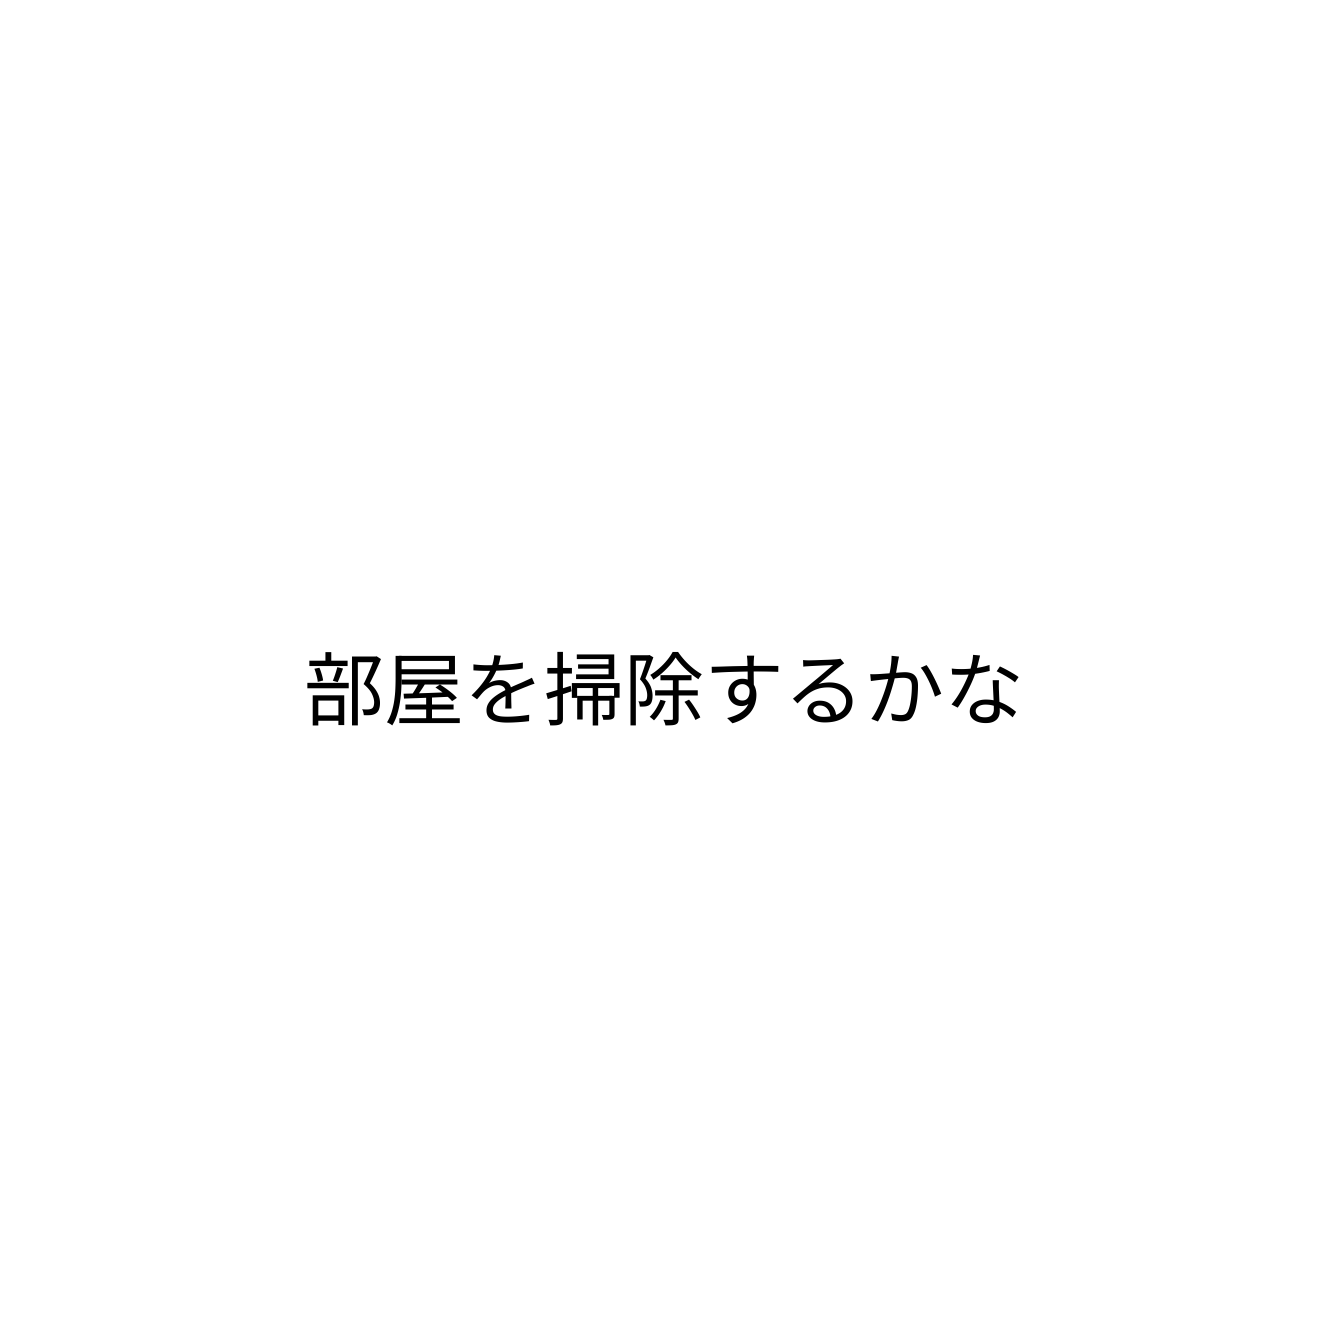
部屋を掃除するかな